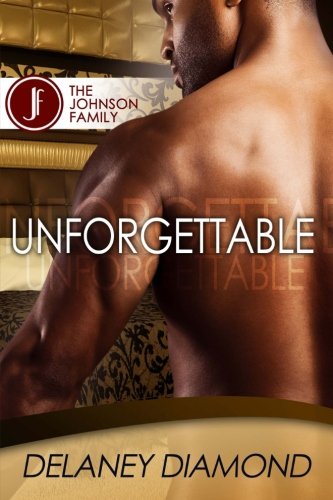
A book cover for Unforgettable (Johnson Family) (Volume 1); Delaney Diamond; Romance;